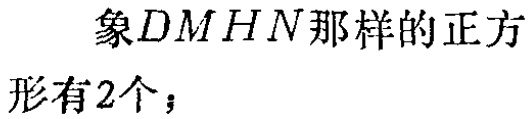
象\(DMHN\)那样的正方形有\(2\)个；